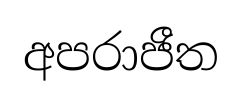
අපරාජීත